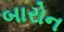
બારોન